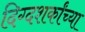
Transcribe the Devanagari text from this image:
दिग्दशर्कांच्या